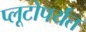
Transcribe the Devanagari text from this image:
प्लूटोपर्यंत